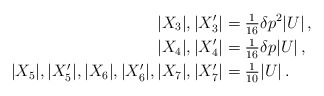
\begin{align*} |X_3|,|X'_3| &= \tfrac1{16}\delta p^2|U| \,, \qquad\qquad\\ |X_4|,|X'_4| &= \tfrac1{16}\delta p|U| \,, \\ |X_5|,|X'_5|, |X_6|,|X'_6|, |X_7|,|X'_7| &= \tfrac1{10}|U| \,. \end{align*}